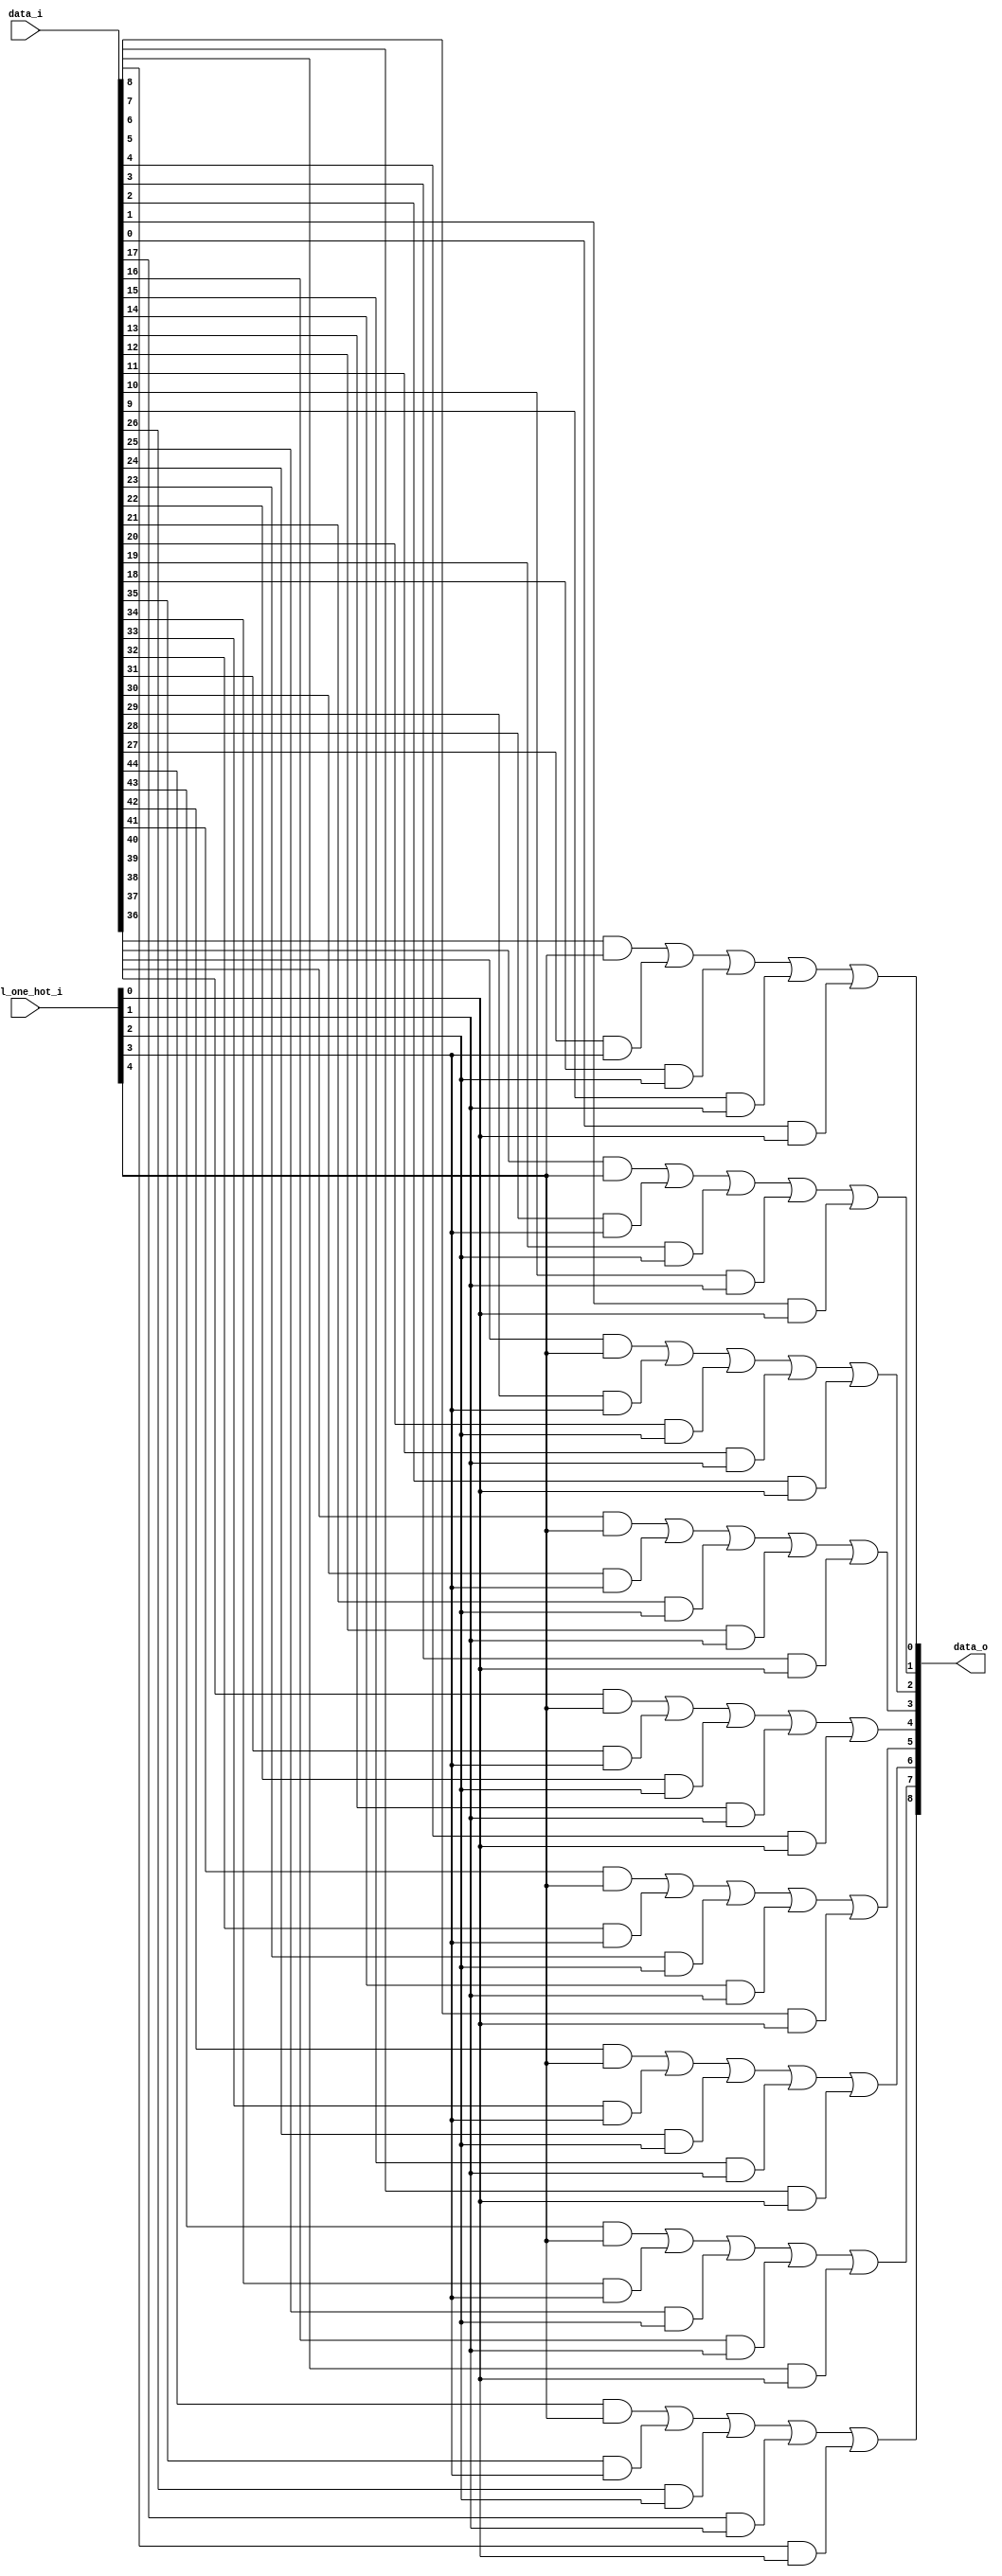
module bsg_mux_one_hot_width_p9_els_p5
(
  data_i,
  sel_one_hot_i,
  data_o
);

  input [44:0] data_i;
  input [4:0] sel_one_hot_i;
  output [8:0] data_o;
  wire [8:0] data_o;
  wire N0,N1,N2,N3,N4,N5,N6,N7,N8,N9,N10,N11,N12,N13,N14,N15,N16,N17,N18,N19,N20,N21,
  N22,N23,N24,N25,N26;
  wire [44:0] data_masked;
  assign data_masked[8] = data_i[8] & sel_one_hot_i[0];
  assign data_masked[7] = data_i[7] & sel_one_hot_i[0];
  assign data_masked[6] = data_i[6] & sel_one_hot_i[0];
  assign data_masked[5] = data_i[5] & sel_one_hot_i[0];
  assign data_masked[4] = data_i[4] & sel_one_hot_i[0];
  assign data_masked[3] = data_i[3] & sel_one_hot_i[0];
  assign data_masked[2] = data_i[2] & sel_one_hot_i[0];
  assign data_masked[1] = data_i[1] & sel_one_hot_i[0];
  assign data_masked[0] = data_i[0] & sel_one_hot_i[0];
  assign data_masked[17] = data_i[17] & sel_one_hot_i[1];
  assign data_masked[16] = data_i[16] & sel_one_hot_i[1];
  assign data_masked[15] = data_i[15] & sel_one_hot_i[1];
  assign data_masked[14] = data_i[14] & sel_one_hot_i[1];
  assign data_masked[13] = data_i[13] & sel_one_hot_i[1];
  assign data_masked[12] = data_i[12] & sel_one_hot_i[1];
  assign data_masked[11] = data_i[11] & sel_one_hot_i[1];
  assign data_masked[10] = data_i[10] & sel_one_hot_i[1];
  assign data_masked[9] = data_i[9] & sel_one_hot_i[1];
  assign data_masked[26] = data_i[26] & sel_one_hot_i[2];
  assign data_masked[25] = data_i[25] & sel_one_hot_i[2];
  assign data_masked[24] = data_i[24] & sel_one_hot_i[2];
  assign data_masked[23] = data_i[23] & sel_one_hot_i[2];
  assign data_masked[22] = data_i[22] & sel_one_hot_i[2];
  assign data_masked[21] = data_i[21] & sel_one_hot_i[2];
  assign data_masked[20] = data_i[20] & sel_one_hot_i[2];
  assign data_masked[19] = data_i[19] & sel_one_hot_i[2];
  assign data_masked[18] = data_i[18] & sel_one_hot_i[2];
  assign data_masked[35] = data_i[35] & sel_one_hot_i[3];
  assign data_masked[34] = data_i[34] & sel_one_hot_i[3];
  assign data_masked[33] = data_i[33] & sel_one_hot_i[3];
  assign data_masked[32] = data_i[32] & sel_one_hot_i[3];
  assign data_masked[31] = data_i[31] & sel_one_hot_i[3];
  assign data_masked[30] = data_i[30] & sel_one_hot_i[3];
  assign data_masked[29] = data_i[29] & sel_one_hot_i[3];
  assign data_masked[28] = data_i[28] & sel_one_hot_i[3];
  assign data_masked[27] = data_i[27] & sel_one_hot_i[3];
  assign data_masked[44] = data_i[44] & sel_one_hot_i[4];
  assign data_masked[43] = data_i[43] & sel_one_hot_i[4];
  assign data_masked[42] = data_i[42] & sel_one_hot_i[4];
  assign data_masked[41] = data_i[41] & sel_one_hot_i[4];
  assign data_masked[40] = data_i[40] & sel_one_hot_i[4];
  assign data_masked[39] = data_i[39] & sel_one_hot_i[4];
  assign data_masked[38] = data_i[38] & sel_one_hot_i[4];
  assign data_masked[37] = data_i[37] & sel_one_hot_i[4];
  assign data_masked[36] = data_i[36] & sel_one_hot_i[4];
  assign data_o[0] = N2 | data_masked[0];
  assign N2 = N1 | data_masked[9];
  assign N1 = N0 | data_masked[18];
  assign N0 = data_masked[36] | data_masked[27];
  assign data_o[1] = N5 | data_masked[1];
  assign N5 = N4 | data_masked[10];
  assign N4 = N3 | data_masked[19];
  assign N3 = data_masked[37] | data_masked[28];
  assign data_o[2] = N8 | data_masked[2];
  assign N8 = N7 | data_masked[11];
  assign N7 = N6 | data_masked[20];
  assign N6 = data_masked[38] | data_masked[29];
  assign data_o[3] = N11 | data_masked[3];
  assign N11 = N10 | data_masked[12];
  assign N10 = N9 | data_masked[21];
  assign N9 = data_masked[39] | data_masked[30];
  assign data_o[4] = N14 | data_masked[4];
  assign N14 = N13 | data_masked[13];
  assign N13 = N12 | data_masked[22];
  assign N12 = data_masked[40] | data_masked[31];
  assign data_o[5] = N17 | data_masked[5];
  assign N17 = N16 | data_masked[14];
  assign N16 = N15 | data_masked[23];
  assign N15 = data_masked[41] | data_masked[32];
  assign data_o[6] = N20 | data_masked[6];
  assign N20 = N19 | data_masked[15];
  assign N19 = N18 | data_masked[24];
  assign N18 = data_masked[42] | data_masked[33];
  assign data_o[7] = N23 | data_masked[7];
  assign N23 = N22 | data_masked[16];
  assign N22 = N21 | data_masked[25];
  assign N21 = data_masked[43] | data_masked[34];
  assign data_o[8] = N26 | data_masked[8];
  assign N26 = N25 | data_masked[17];
  assign N25 = N24 | data_masked[26];
  assign N24 = data_masked[44] | data_masked[35];

endmodule